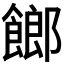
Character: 𩝢